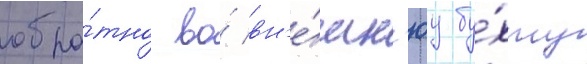
обра́тно во́ вн'е́шн'юу бу́хту